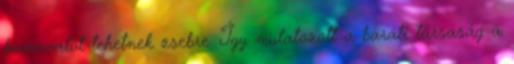
borravalót tehetnek zsebre. Így mulatozott a baráti társaság a